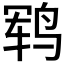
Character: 𱉱